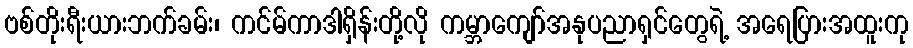
ဗစ်တိုးရီးယားဘက်ခမ်း၊ ကင်မ်ကာဒါရှိန်းတို့လို ကမ္ဘာကျော်အနုပညာရှင်တွေရဲ့ အရေပြားအထူးကု